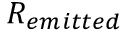
R _ { e m i t t e d }